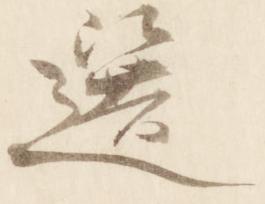
選